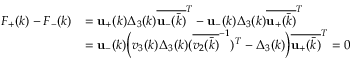
\begin{array} { r l } { F _ { + } ( k ) - F _ { - } ( k ) } & { = \mathbf { u } _ { + } ( k ) \Delta _ { 3 } ( k ) \overline { { \mathbf { u } _ { - } ( \bar { k } ) } } ^ { T } - \mathbf { u } _ { - } ( k ) \Delta _ { 3 } ( k ) \overline { { \mathbf { u } _ { + } ( \bar { k } ) } } ^ { T } } \\ & { = \mathbf { u } _ { - } ( k ) \Big ( v _ { 3 } ( k ) \Delta _ { 3 } ( k ) ( \overline { { v _ { 2 } ( \bar { k } ) } } ^ { - 1 } ) ^ { T } - \Delta _ { 3 } ( k ) \Big ) \overline { { \mathbf { u } _ { + } ( \bar { k } ) } } ^ { T } = 0 } \end{array}